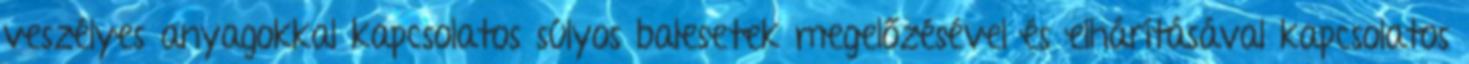
veszélyes anyagokkal kapcsolatos súlyos balesetek megelőzésével és elhárításával kapcsolatos